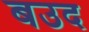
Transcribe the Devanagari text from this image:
बउद